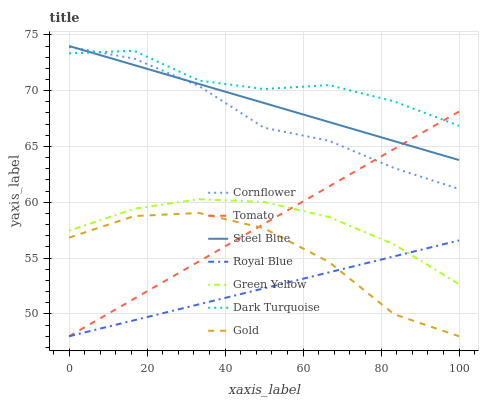
| xaxis_label | Cornflower | Tomato | Steel Blue | Royal Blue | Green Yellow | Dark Turquoise | Gold |
 | --- | --- | --- | --- | --- | --- | --- | --- |
 | 0 | 73.9 | 48 | 74 | 48 | 57.5 | 73.3 | 56.8 |
 | 16.7 | 72.9 | 51.4 | 72.3 | 49.4 | 59.4 | 73.6 | 58.8 |
 | 33.3 | 70.4 | 54.7 | 70.6 | 50.9 | 60.3 | 70.9 | 59 |
 | 50 | 66.7 | 58.1 | 68.9 | 52.3 | 60 | 70.1 | 57.7 |
 | 66.7 | 65.5 | 61.4 | 67.2 | 53.7 | 58.7 | 70.5 | 54.6 |
 | 83.3 | 63.1 | 64.8 | 65.5 | 55.2 | 56.2 | 69 | 50 |
 | 100 | 61.2 | 68.1 | 63.8 | 56.6 | 52.7 | 66.9 | 48 |